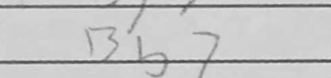
Transcription: Bb7